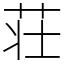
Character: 荘